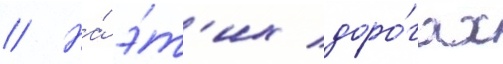
// На́ э́т'их доро́гах